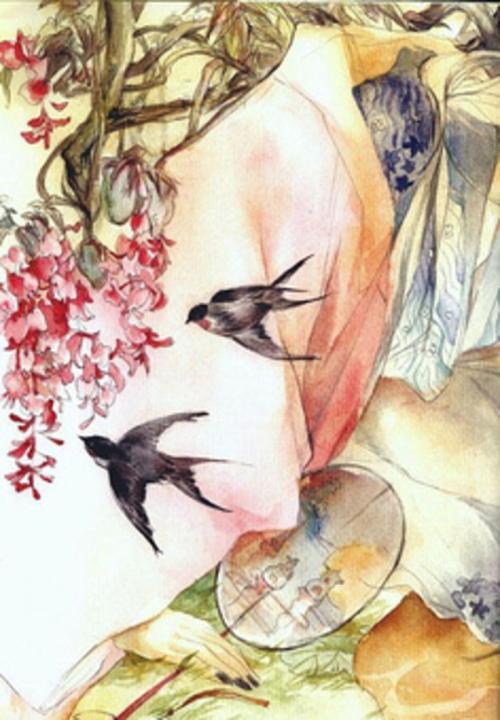
梦后楼台高锁，酒醒帘幕低垂。